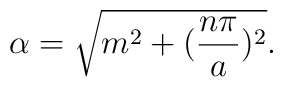
\alpha=\sqrt{m^{2}+(\frac{n\pi}{a})^{2}}.